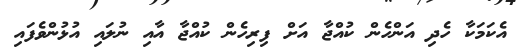
އެކަމަކާ ހެދި އަންހެން ކުއްޖާ އަށް ފިރިހެން ކުއްޖާ އާއި ނުލައި އުޅުންވެފައި